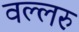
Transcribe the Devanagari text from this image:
वल्लरु